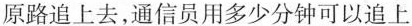
原路追上去，通信员用多少分钟可以追上